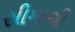
સીમાથી